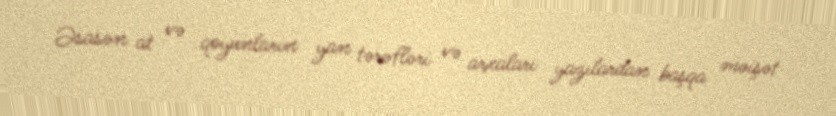
Əsasən at və qoyunların yan tərəfləri və arxaları yazılardan başqa məişət